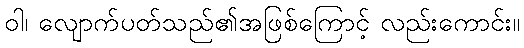
ဝါ၊ လျောက်ပတ်သည်၏အဖြစ်ကြောင့် လည်းကောင်း။